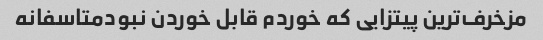
مزخرف‌ترین پیتزایی که خوردم قابل خوردن نبودمتاسفانه